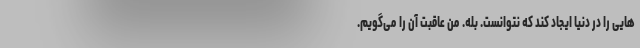
هایی را در دنیا ایجاد کند که نتوانست. بله. من عاقبت آن را می‌گویم.